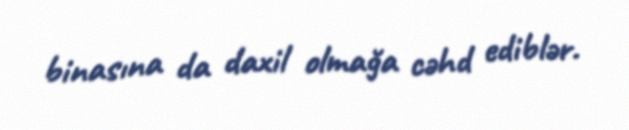
binasına da daxil olmağa cəhd ediblər.